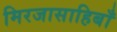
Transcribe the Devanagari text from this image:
मिरजासाहिबाँ